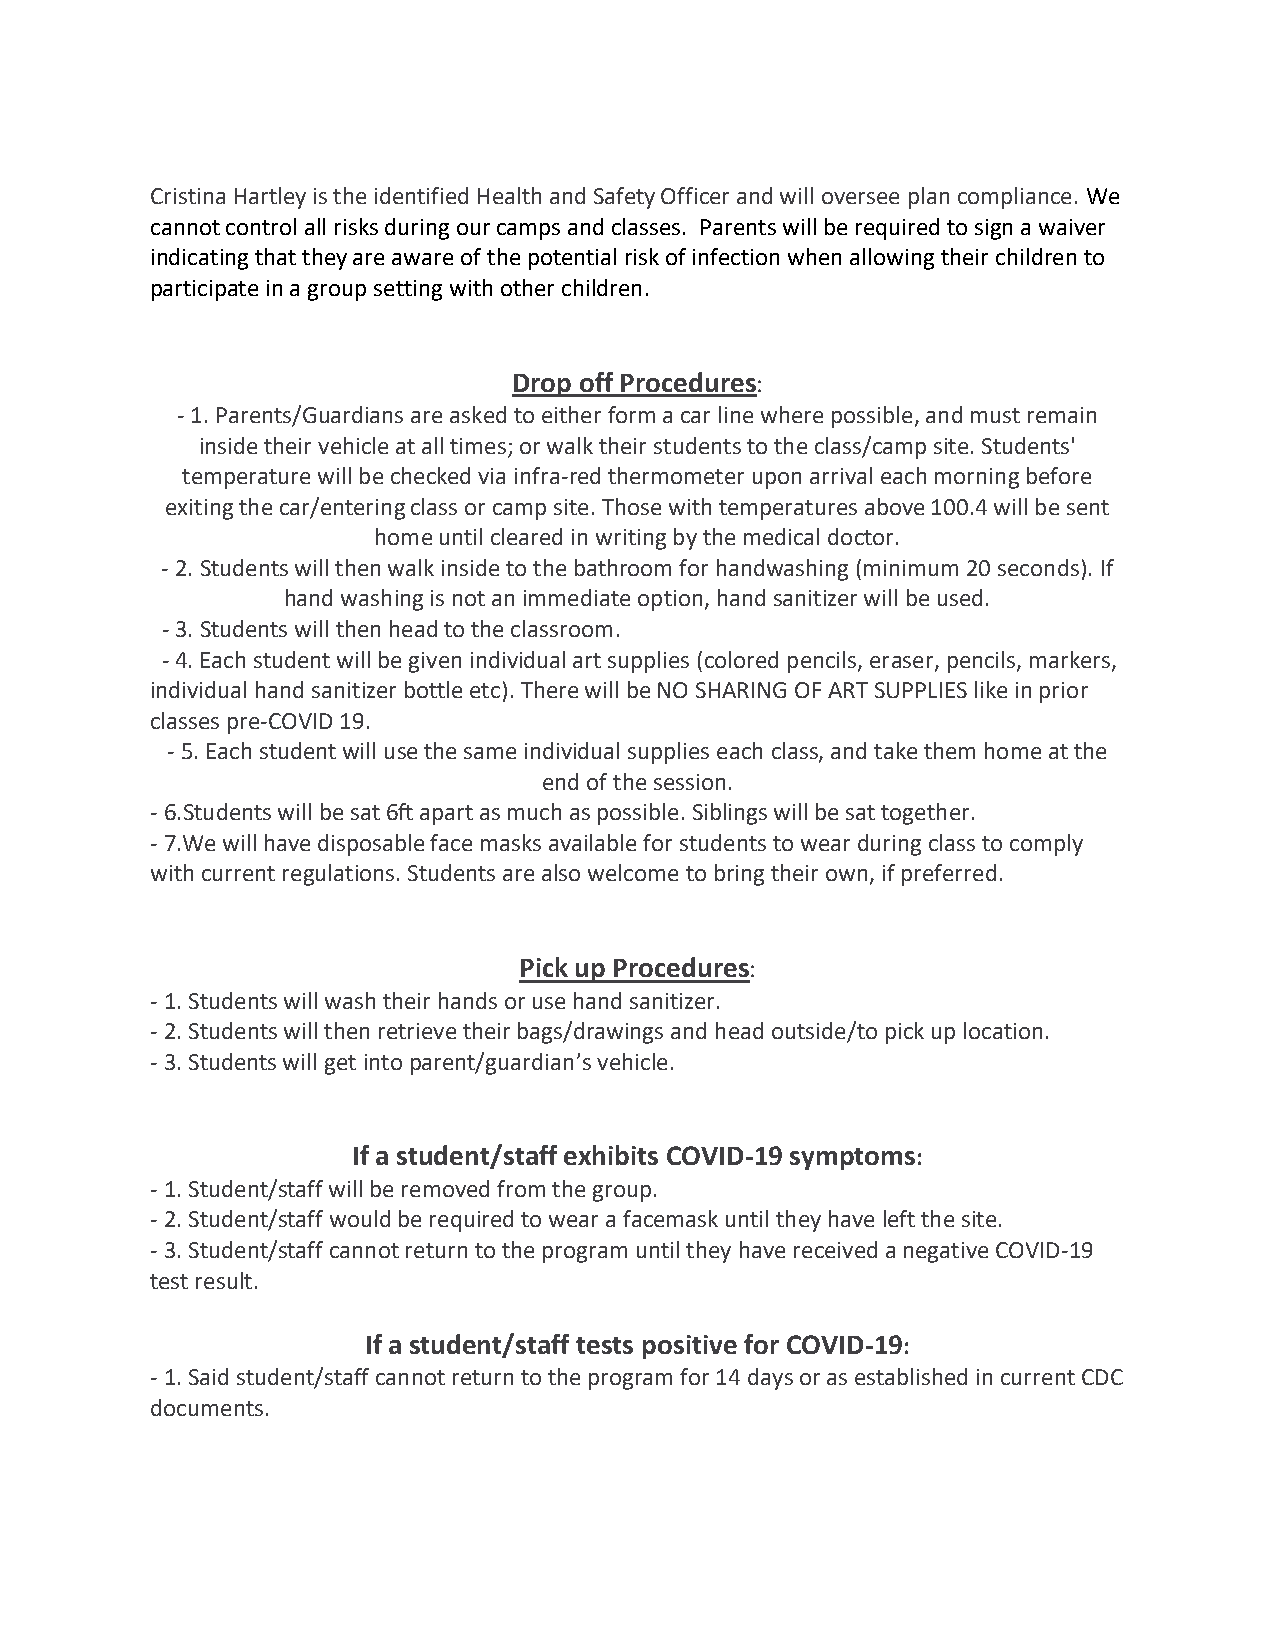
Cristina Hartley is the identified Health and Safety Officer and will oversee plan compliance. We
 cannot control all risks during our camps and classes. Parents will be required to sign a waiver
 indicating that they are aware of the potential risk of infection when allowing their children to
 participate in a group setting with other children.
 Drop off Procedures:
 - 1. Parents/Guardians are asked to either form a car line where possible, and must remain
 inside their vehicle at all times; or walk their students to the class/camp site. Students'
 temperature will be checked via infra-red thermometer upon arrival each morning before
 exiting the car/entering class or camp site. Those with temperatures above 100.4 will be sent
 home until cleared in writing by the medical doctor.
 - 2. Students will then walk inside to the bathroom for handwashing (minimum 20 seconds). If
 hand washing is not an immediate option, hand sanitizer will be used.
 - 3. Students will then head to the classroom.
 - 4. Each student will be given individual art supplies (colored pencils, eraser, pencils, markers,
 individual hand sanitizer bottle etc). There will be NO SHARING OF ART SUPPLIES like in prior
 classes pre-COVID 19.
 - 5. Each student will use the same individual supplies each class, and take them home at the
 end of the session.
 - 6.Students will be sat 6ft apart as much as possible. Siblings will be sat together.
 - 7.We will have disposable face masks available for students to wear during class to comply
 with current regulations. Students are also welcome to bring their own, if preferred.
 Pick up Procedures:
 - 1. Students will wash their hands or use hand sanitizer.
 - 2. Students will then retrieve their bags/drawings and head outside/to pick up location.
 - 3. Students will get into parent/guardian’s vehicle.
 If a student/staff exhibits COVID-19 symptoms:
 - 1. Student/staff will be removed from the group.
 - 2. Student/staff would be required to wear a facemask until they have left the site.
 - 3. Student/staff cannot return to the program until they have received a negative COVID-19
 test result.
 If a student/staff tests positive for COVID-19:
 - 1. Said student/staff cannot return to the program for 14 days or as established in current CDC
 documents.